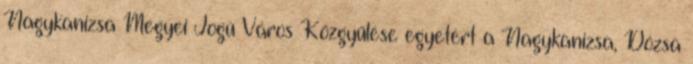
Nagykanizsa Megyei Jogú Város Közgyűlése egyetért a Nagykanizsa, Dózsa